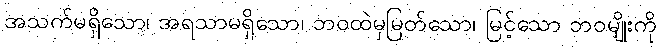
အသက်မရှိသော၊ အရသာမရှိသော၊ ဘဝထဲမှမြတ်သော၊ မြင့်သော ဘဝမျိုးကို